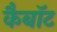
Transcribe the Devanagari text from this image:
कैबॉट